Malarial fevers
Disease focus: Malaria
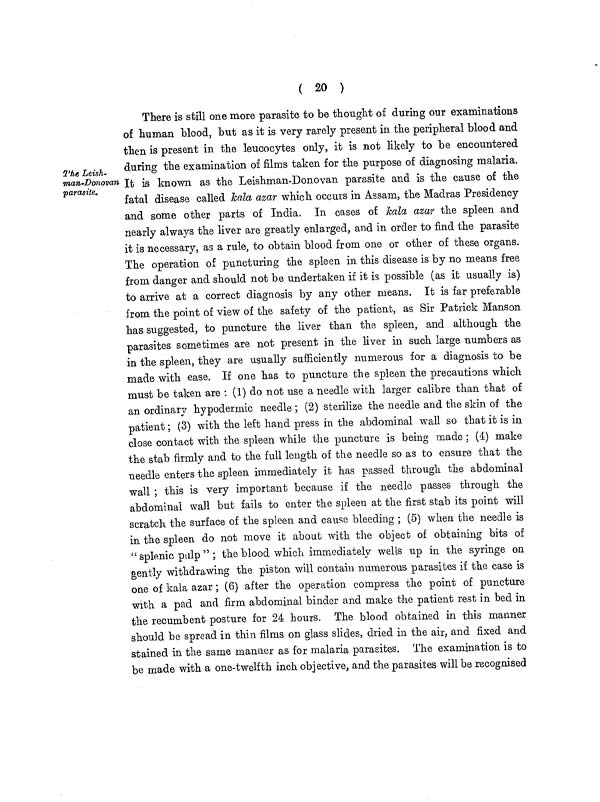
( 20 )
The Leish-
man-Donovan
parasite.
There is still one more parasite to be thought of during our examinations
of human blood, but as it is very rarely present in the peripheral blood and
then is present in the leucocytes only, it is not likely to be encountered
during the examination of films taken for the purpose of diagnosing malaria.
It is known as the Leishman-Donovan parasite and is the cause of the
fatal disease called kala azar which occurs in Assam, the Madras Presidency
and some other parts of India. In cases of kala azar the spleen and
nearly always the liver are greatly enlarged, and in order to find the parasite
it is necessary, as a rule, to obtain blood from one or other of these organs.
The operation of puncturing the spleen in this disease is by no means free
from danger and should not be undertaken if it is possible (as it usually is)
to arrive at a correct diagnosis by any other means. It is far preferable
from the point of view of the safety of the patient, as Sir Patrick Manson
has suggested, to puncture the liver than the spleen, and although the
parasites sometimes are not present in the liver in such large numbers as
in the spleen, they are usually sufficiently numerous for a diagnosis to be
made with ease. If one has to puncture the spleen the precautions which
must be taken are : (1) do not use a needle with larger calibre than that of
an ordinary hypodermic needle ; (2) sterilize the needle and the skin of the
patient ; (3) with the left hand press in the abdominal wall so that it is in
close contact with the spleen while the puncture is being made ; (4) make
the stab firmly and to the full length of the needle so as to ensure that the
needle enters the spleen immediately it has passed through the abdominal
wall ; this is very important because if the needle passes through the
abdominal wall but fails to enter the spleen, at the first stab its point will
scratch the surface of the spleen and cause bleeding ; (5) when the needle is
in the spleen do not move it about with the object of obtaining bits of
" splenic pulp " ; the blood which immediately wells up in the syringe on
gently withdrawing the piston will contain numerous parasites if the case is
one of kala azar ; (6) after the operation compress the point of puncture
with a pad and firm abdominal binder and make the patient rest in bed in
the recumbent posture for 24 hours. The blood obtained in this manner
should be spread in thin films on glass slides, dried in the air, and fixed and
stained in the same manner as for malaria parasites. The examination is to
be made with a one-twelfth inch objective, and the parasites will be recognised